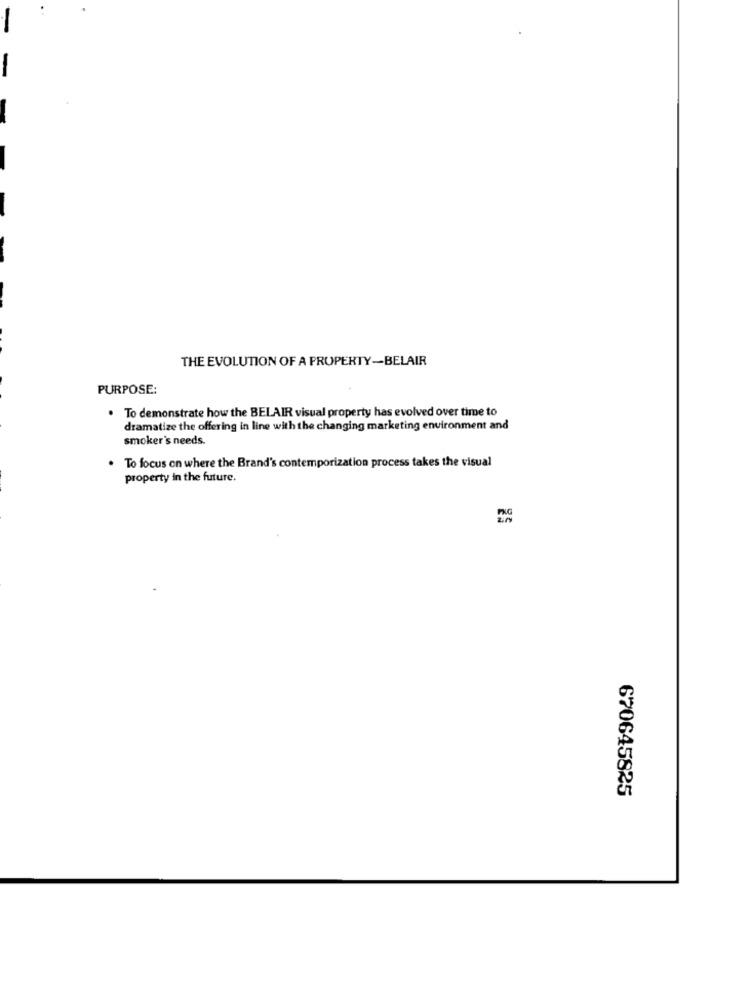
THE EVOLUTION OF A PROPERTY-BELAIR
PURPOSE:
. To demonstrate how the BELAIR visual property has evolved over time to
dramatize the offering in line with the changing marketing environment and
smoker's needs.
. To focus on where the Brand's contemporization process takes the visual
property in the future.
670645825